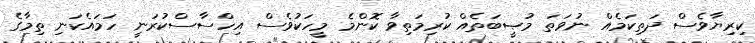
ކިރިޔާވެސް ދަތިކަމެއް ނުވަތަ މުޞީބަތެއް ކުރިމަތިވާ ކޮންމެ މީހަކުވެސް އިހްސާސްކުރަނީ ހަމައެކަނި ތިމާގެ